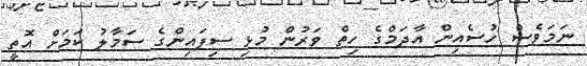
ނަމަވެސް ހުސެއިން އާދަމްގެ ހިތް ވަރުން މުޅި ސިފައިންގެ ސަމާލު ކަމަށް އޮތީ